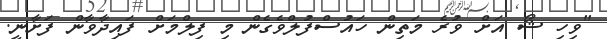
"ވިހި ޝޯ އަށް ވުރެ މަތިން ހައުސްފުލްވެގެން މި ފިލްމަށް ފައިދާވާން ފަށާނީ.